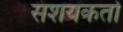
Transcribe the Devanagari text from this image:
संशयकर्ता